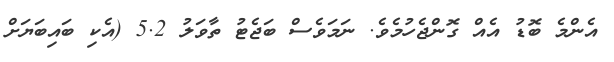
އެންމެ ބޮޑު އެއް ގޮންޖެހުމެވެ. ނަމަވެސް ބަޖެޓު ތާވަލު 5.2 (އެކި ބައިބަޔަށް